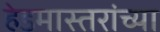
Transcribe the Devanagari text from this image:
हेडमास्तरांच्या